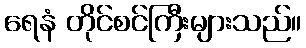
ရေနံ တိုင်စင်ကြီးများသည်။